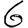
Digit: 6